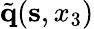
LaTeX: \tilde{\mathbf q}({\mathbf s},x_{3})